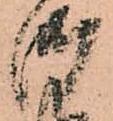
御